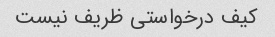
کیف درخواستی ظریف نیست